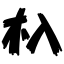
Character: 杁